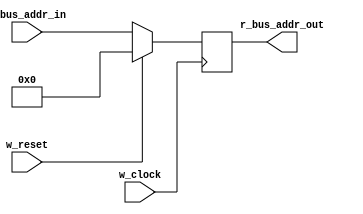
module m_pc_reg (r_bus_addr_out, w_bus_addr_in, w_clock, w_reset);
	input [7:0] w_bus_addr_in;				// 8 bit address bus input
	input w_clock, w_reset;					// clock and reset variables

	output reg [7:0] r_bus_addr_out;			// 8 bit address bus output

	always @ (posedge w_clock)				// on positive edge of clock pulse:
		if (w_reset) r_bus_addr_out <= 8'b0;		// reset to 0 synchronously
		else r_bus_addr_out <= w_bus_addr_in;		// output what is on the input
endmodule